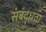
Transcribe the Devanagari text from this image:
संबंद्धता